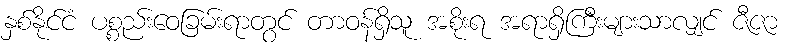
နှစ်နိုင်ငံ ပစ္စည်းဝေခြမ်းရာတွင် တာဝန်ရှိသူ အစိုးရ အရာရှိကြီးများသာလျှင် ဇီဇာ